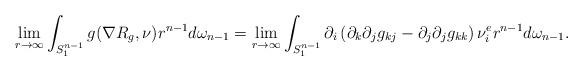
LaTeX: \begin{align*}\lim_{r\rightarrow\infty}\int_{S^{n-1}_1}g(\nabla R_g,\nu)r^{n-1}d\omega_{n-1}&=\lim_{r\rightarrow\infty}\int_{S^{n-1}_1}\partial_i\left(\partial_k\partial_jg_{kj} - \partial_j\partial_jg_{kk}\right)\nu^e_ir^{n-1}d\omega_{n-1}.\end{align*}